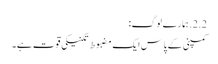
2.2. ہمارے لوگ:
کمپنی کے پاس ایک مضبوط تکنیکی قوت ہے۔